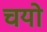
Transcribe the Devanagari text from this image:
चयो